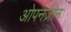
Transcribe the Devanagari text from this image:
ओपनज़ोन